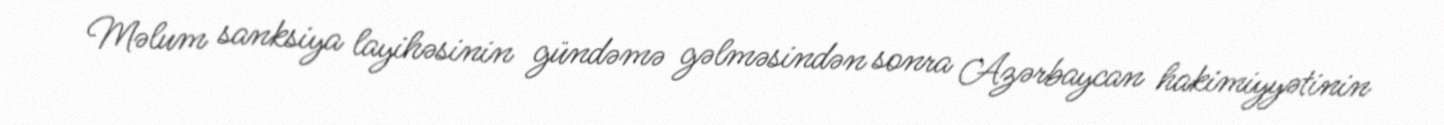
Məlum sanksiya layihəsinin gündəmə gəlməsindən sonra Azərbaycan hakimiyyətinin